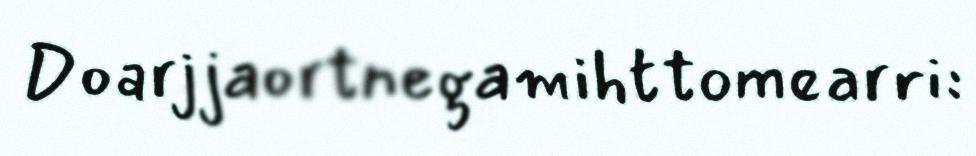
Doarjjaortnegamihttomearri: